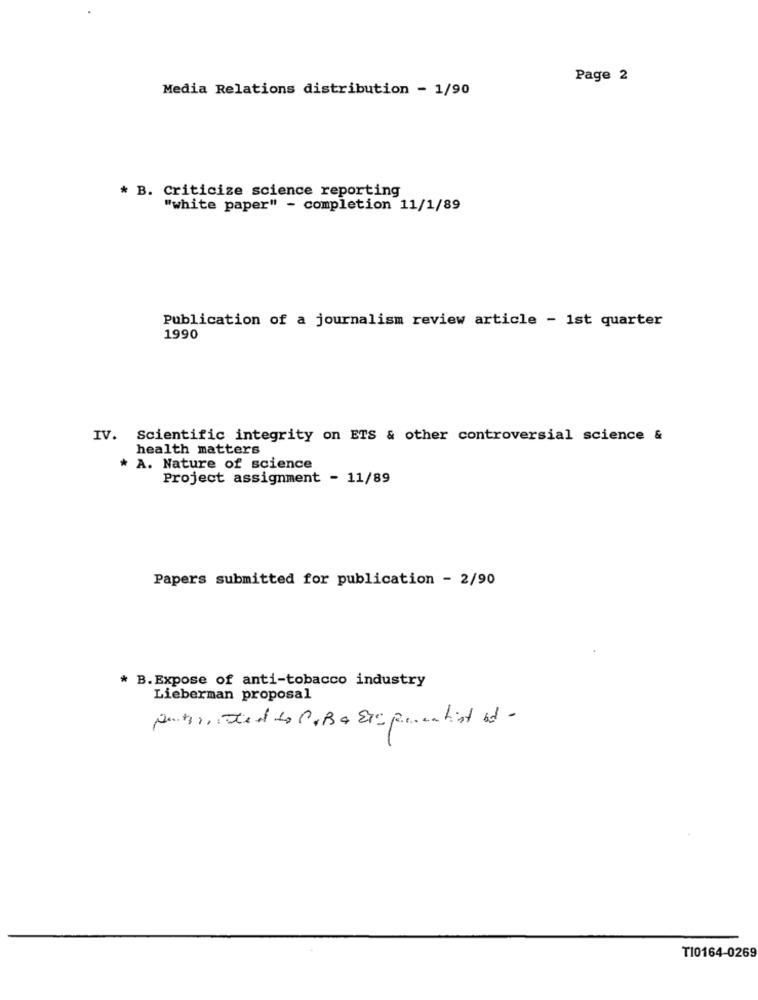
Page 2
Media Relations distribution - 1/90
* B. Criticize science reporting
"white paper" - completion 11/1/89
Publication of a journalism review article - 1st quarter
1990
IV. Scientific integrity on ETS & other controversial science &
health matters
* A. Nature of science
Project assignment - 11/89
Papers submitted for publication - 2/90
* B. Expose of anti-tobacco industry
Lieberman proposal
peter, Then to CIBa Eri permetist it -
T10164-0269